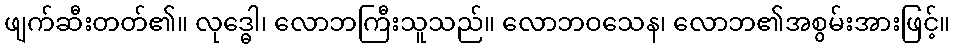
ဖျက်ဆီးတတ်၏။ လုဒ္ဓေါ၊ လောဘကြီးသူသည်။ လောဘဝသေန၊ လောဘ၏အစွမ်းအားဖြင့်။